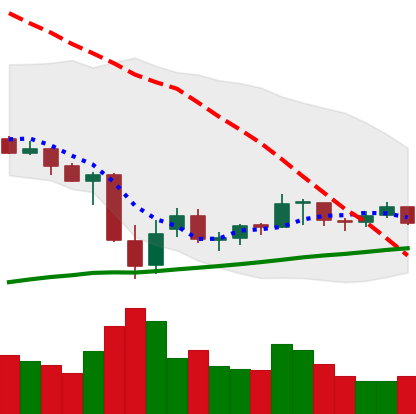
Ticker: XRP-USD
Chart end date: 2021-07-05
Forward return: -4.407%
Label: down_3_5